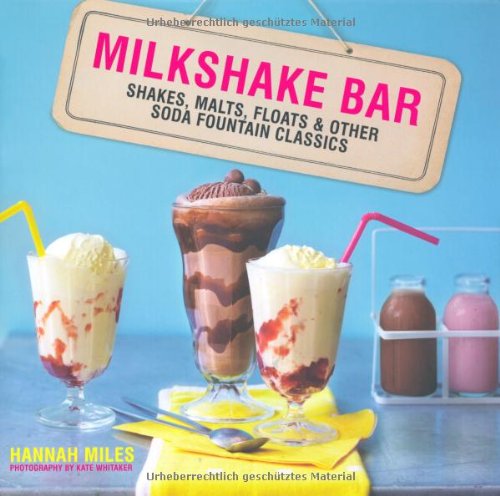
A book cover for Milkshake Bar; Hannah Miles; Cookbooks, Food & Wine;